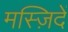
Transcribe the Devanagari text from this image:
मस्ज़िदें